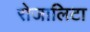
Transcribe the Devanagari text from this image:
रोजालिटा